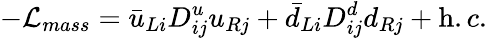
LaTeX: -{\cal L}_{mass}=\bar{u}_{Li}D_{ij}^{u}u_{Rj}+\bar{d}_{Li}D_{ij}^{d}d_{Rj}+{\mathrm h.c.}